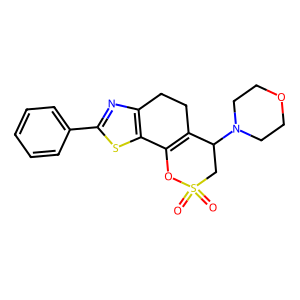
SMILES: O=S1(=O)CC(N2CCOCC2)C2=C(O1)c1sc(-c3ccccc3)nc1CC2
Inhibits HIV replication: No